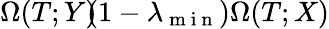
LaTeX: \Omega(T;Y)\! \le\! (1-\lambda_{\mathrm{~m~i~n~}})\Omega(T;X)